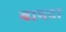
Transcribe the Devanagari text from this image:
बामटा